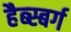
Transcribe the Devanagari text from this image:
हैब्स्बर्ग